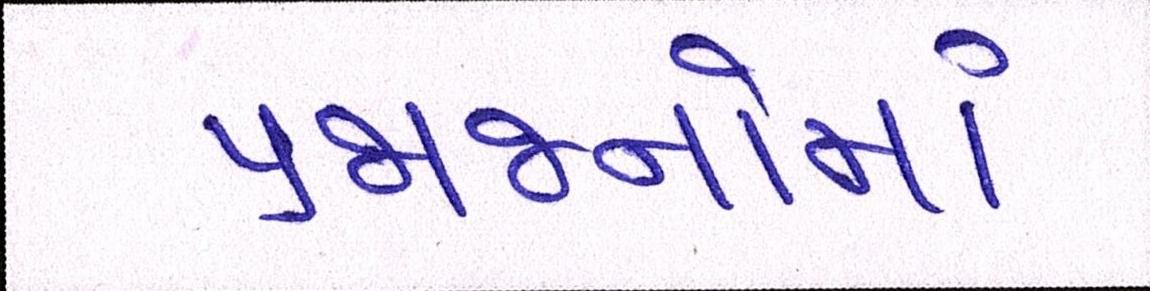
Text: પ્રજાજનોમાં